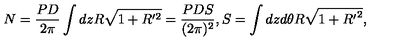
N = \frac { P D } { 2 \pi } \int d z R \sqrt { 1 + R ^ { \prime 2 } } = \frac { P D S } { ( 2 \pi ) ^ { 2 } } , S = \int d z d \theta R \sqrt { 1 + { R ^ { \prime } } ^ { 2 } } ,